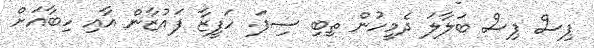
ޕިސް ޕިސް ބަލާލަ ދެމީހުން ތިބި ސިފަ. ހަފީޒާ ފައުޒާން އާއި ހިބާއަށް